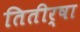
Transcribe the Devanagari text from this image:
तितीर्षा